Notes on vaccination in the North-West Frontier Province 1923-1928 - 1923-1928
Year: 1923
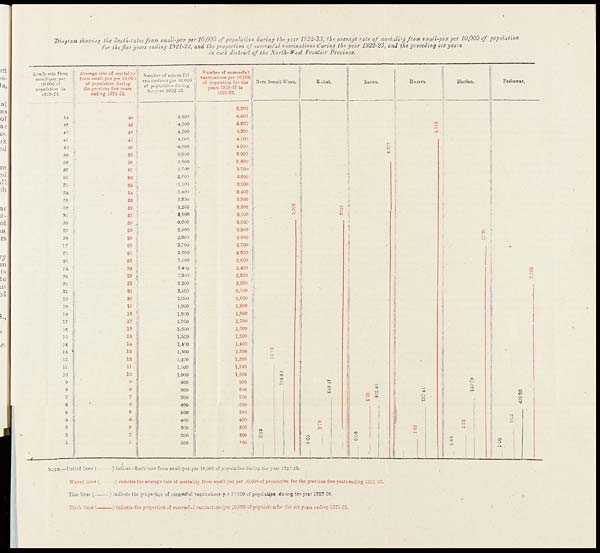
Diagram showing the death-rates from small-pox per 10,000 of population, during the year 1922-23, the average rate of mortality from small-pox per 10,000 of population
for the five years ending 1921-22, and the proportion of successful vaccinations during the year 1922-23, and the preceding six years
in each district of the North-West Frontier Province.